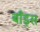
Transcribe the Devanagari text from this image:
बाँड्स